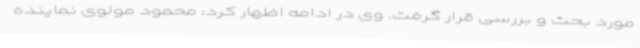
مورد بحث و بررسی قرار گرفت. وی در ادامه اظهار کرد: محمود مولوی نماینده